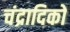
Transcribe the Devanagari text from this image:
चंद्रादिकों